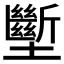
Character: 𱘚